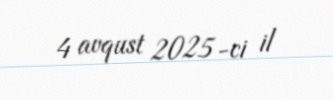
4 avqust 2025-ci il